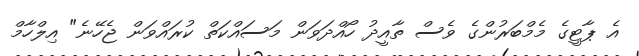
އެ ޕާޓީގެ މެމްބަރުންގެ ވެސް ތާއީދު ހޯއްދަވަން މަސައްކަތް ކުރައްވަން ޖެހޭނެ" އިލްހާމް